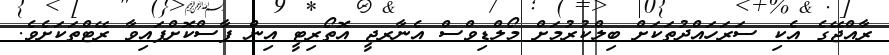
ރާއްޖޭގެ އެކި ސަރަހައްދުތަކަށް ބިލްކުރުމަށް މޯލްޑިވްސް އެނާރޖީ އޮތޯރިޓީ އިން ފާސްކޮށްފައިވާ ރޭޓްތަކަށެވެ.